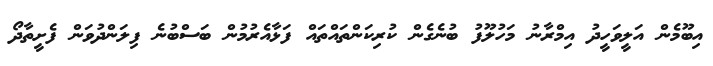
އިބޫމެން އަލީވަހީދު އިމްރާނު މަހުލޫފު ބުނެގެން ކުރިކަންތައްތައް ފަޅާއެރުމުން ބަސްބުނެ ފިލަންދުވަން ފެށީތާދޯ